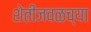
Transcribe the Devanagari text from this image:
शेतीजवळच्या